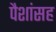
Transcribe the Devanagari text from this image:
पैशांसह